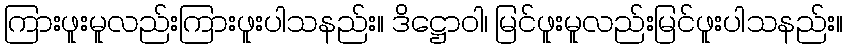
ကြားဖူးမူလည်းကြားဖူးပါသနည်း။ ဒိဋ္ဌောဝါ၊ မြင်ဖူးမူလည်းမြင်ဖူးပါသနည်း။